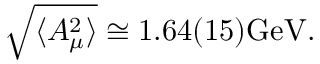
\sqrt { \langle A _ { \mu } ^ { 2 } \rangle } \cong 1 . 6 4 ( 1 5 ) \mathrm { G e V } .